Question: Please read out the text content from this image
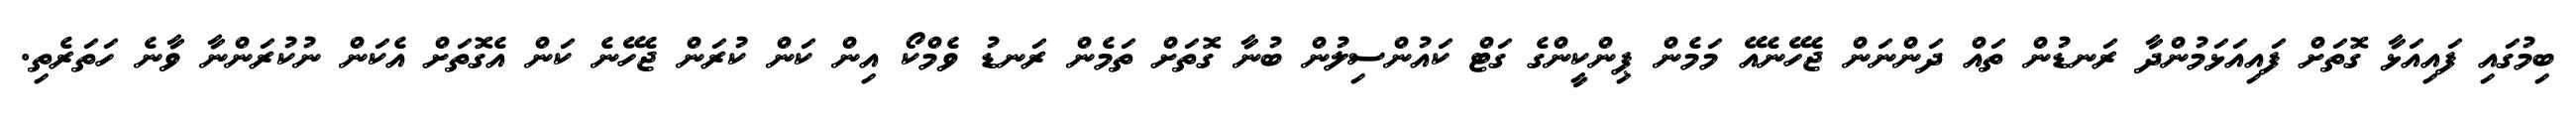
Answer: ބިމުގައި ފައިއަޅާ ގޮތަށް ފައިއަޅަމުންދާ ރަނޑުން ތައް ދަންނަން ޖެހޭނެއޭ މަމެން ޕިންކީންގެ ގަޓް ކައުންސިލުން ބުނާ ގޮތަށް ތަމެން ރަނޑު ވެމްކޯ އިން ކަން ކުރަން ޖެހޭނެ ކަން އެގޮތަށް އެކަން ނުކުރަންނާ ވާނެ ހަތަރެތި.